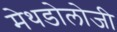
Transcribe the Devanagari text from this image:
मेथडोलोजी